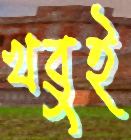
খবুই